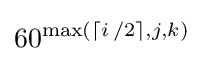
60^{\max(\lceil i\,/2\rceil ,j,k)}